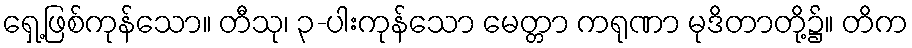
ရှေ့ဖြစ်ကုန်သော။ တီသု၊ ၃-ပါးကုန်သော မေတ္တာ ကရုဏာ မုဒိတာတို့၌။ တိက